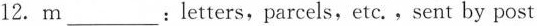
12. m___: letters, parcels, etc. , sent by post